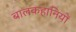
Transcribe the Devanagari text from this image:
बालकहानियों